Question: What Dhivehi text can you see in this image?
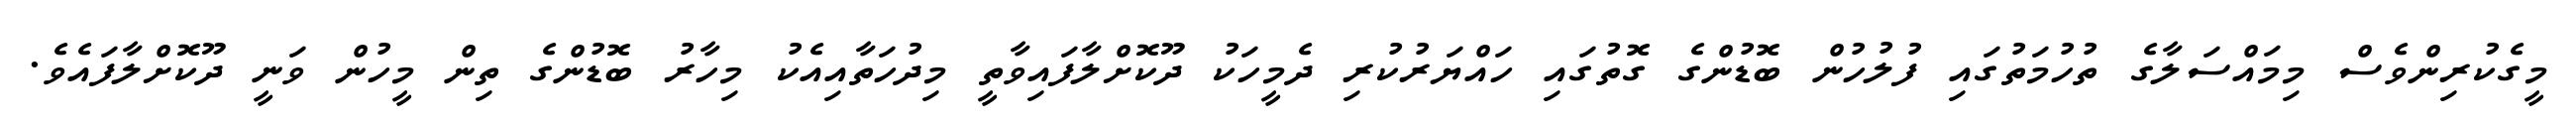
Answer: މީގެކުރިންވެސް މިމައްސަލާގެ ތުހުމަތުގައި ފުލުހުން ބޮޑުންގެ ގޮތުގައި ހައްޔަރުކުރި ދެމީހަކު ދޫކޮށްލާފައިވާތީ މިދުހަތާއިއެކު މިހާރު ބޮޑުންގެ ތިން މީހުން ވަނީ ދޫކޮށްލާފައެވެ.